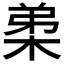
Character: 𭪗